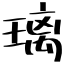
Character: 璃